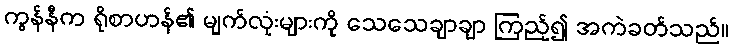
ကွန်နီက ရိုစာဟန်၏ မျက်လုံးများကို သေသေချာချာ ကြည့်၍ အကဲခတ်သည်။